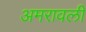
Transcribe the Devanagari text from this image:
अमरावली